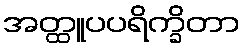
အတ္ထူပပရိက္ခိတာ